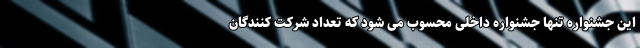
این جشنواره تنها جشنواره داخلی محسوب می شود که تعداد شرکت کنندگان